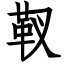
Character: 靫